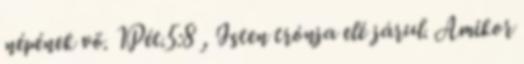
népének vö. 1Pét.5:8 , Isten trónja elé járul. Amikor